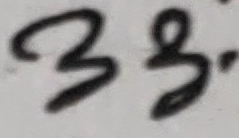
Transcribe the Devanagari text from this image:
३३.